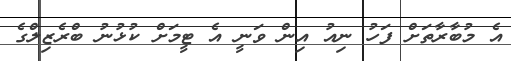
އެ މުބާރާތަށް ފަހު ނިއު އިން ވަނީ އެ ޓީމަށް ކުޅުުނު ބްރެޒިލްގެ